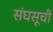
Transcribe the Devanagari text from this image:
संघसूची